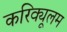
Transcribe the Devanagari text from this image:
करिक्यूलम